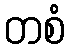
တစံ